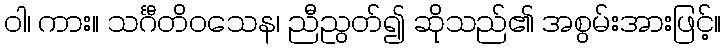
ဝါ၊ ကား။ သင်္ဂီတိဝသေန၊ ညီညွတ်၍ ဆိုသည်၏ အစွမ်းအားဖြင့်။